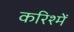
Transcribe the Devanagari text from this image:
करिश्में